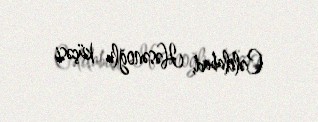
Cəlilabad, Həsənoğlu küçəsi